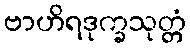
ဗာဟိရဒုက္ခသုတ္တံ